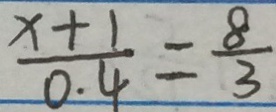
\frac { x + 1 } { 0 . 4 } = \frac { 8 } { 3 }